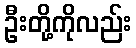
ဦးတို့ကိုလည်း